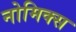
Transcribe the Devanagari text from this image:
नोमिक्स